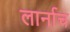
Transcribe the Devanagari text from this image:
लार्नाच